65_HS1-834228961_62-HQ-83894_Section_9
Agency: FBI
Page 73
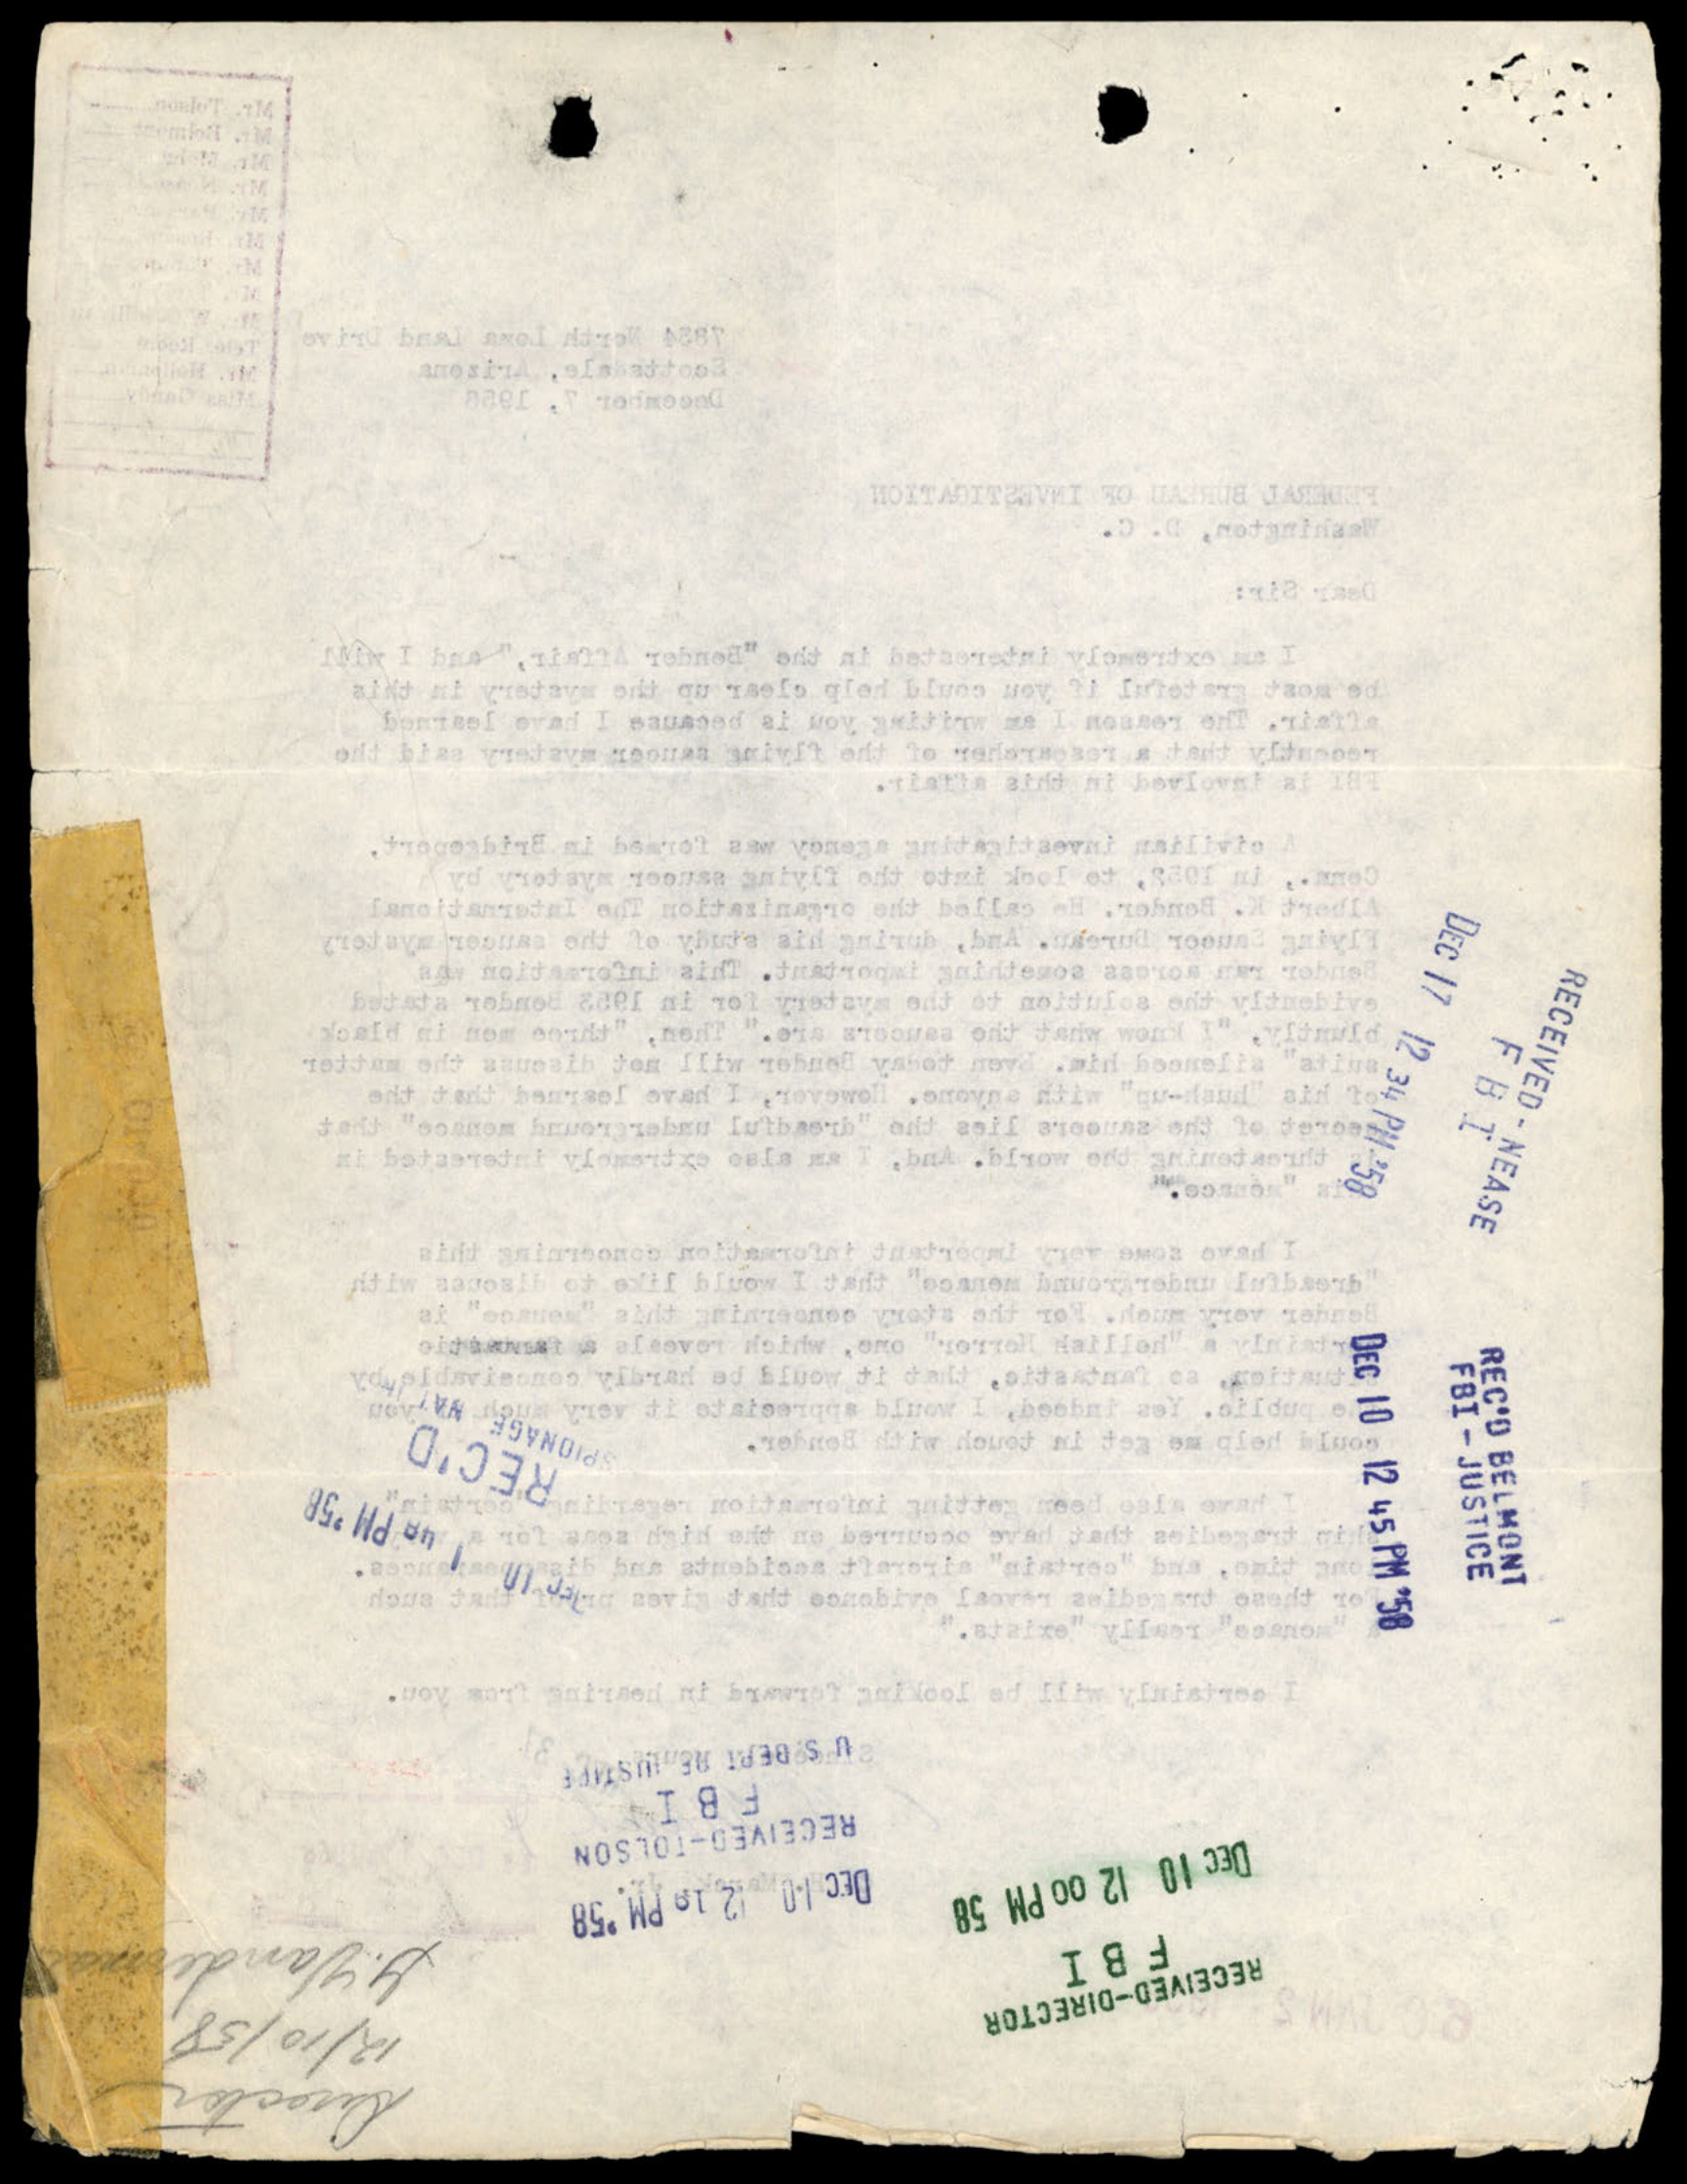